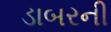
ડાબરની